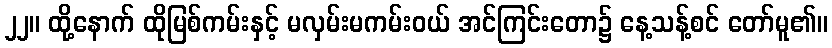
၂၂။ ထို့နောက် ထိုမြစ်ကမ်းနှင့် မလှမ်းမကမ်းဝယ် အင်ကြင်းတော၌ နေ့သန့်စင် တော်မူ၏။